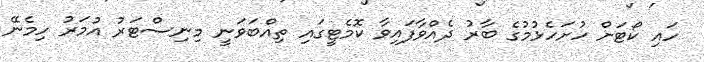
ހައި ކޯޓަށް ހުށަހެޅުމުގެ ބާރު ދެއްވާފައިވާ ކޮމެޓީގައި ތިއްބަވަނީ މިނިސްޓަރު އުމަރު ހިމެނޭ